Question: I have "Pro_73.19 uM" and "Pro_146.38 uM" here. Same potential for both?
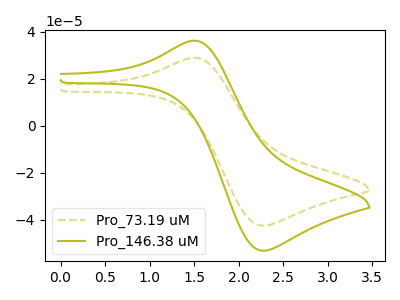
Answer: <think>The olive dashed curve "Pro_73.19 uM" has an anodic peak at (1.50V, 28.85uA) and a cathodic peak at (2.25V, -42.40uA). The olive curve "Pro_146.38 uM" has an anodic peak at (1.50V, 36.15uA) and a cathodic peak at (2.25V, -53.10uA).
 All the peaks in "Pro_73.19 uM" have a peak in "Pro_146.38 uM" at the same potential. Every peak in "Pro_73.19 uM" is lower than every peak in "Pro_146.38 uM".</think>
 <answer>"Pro_73.19 uM" and "Pro_146.38 uM" are similar in shape.</answer>
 <eval>same_shape</eval>